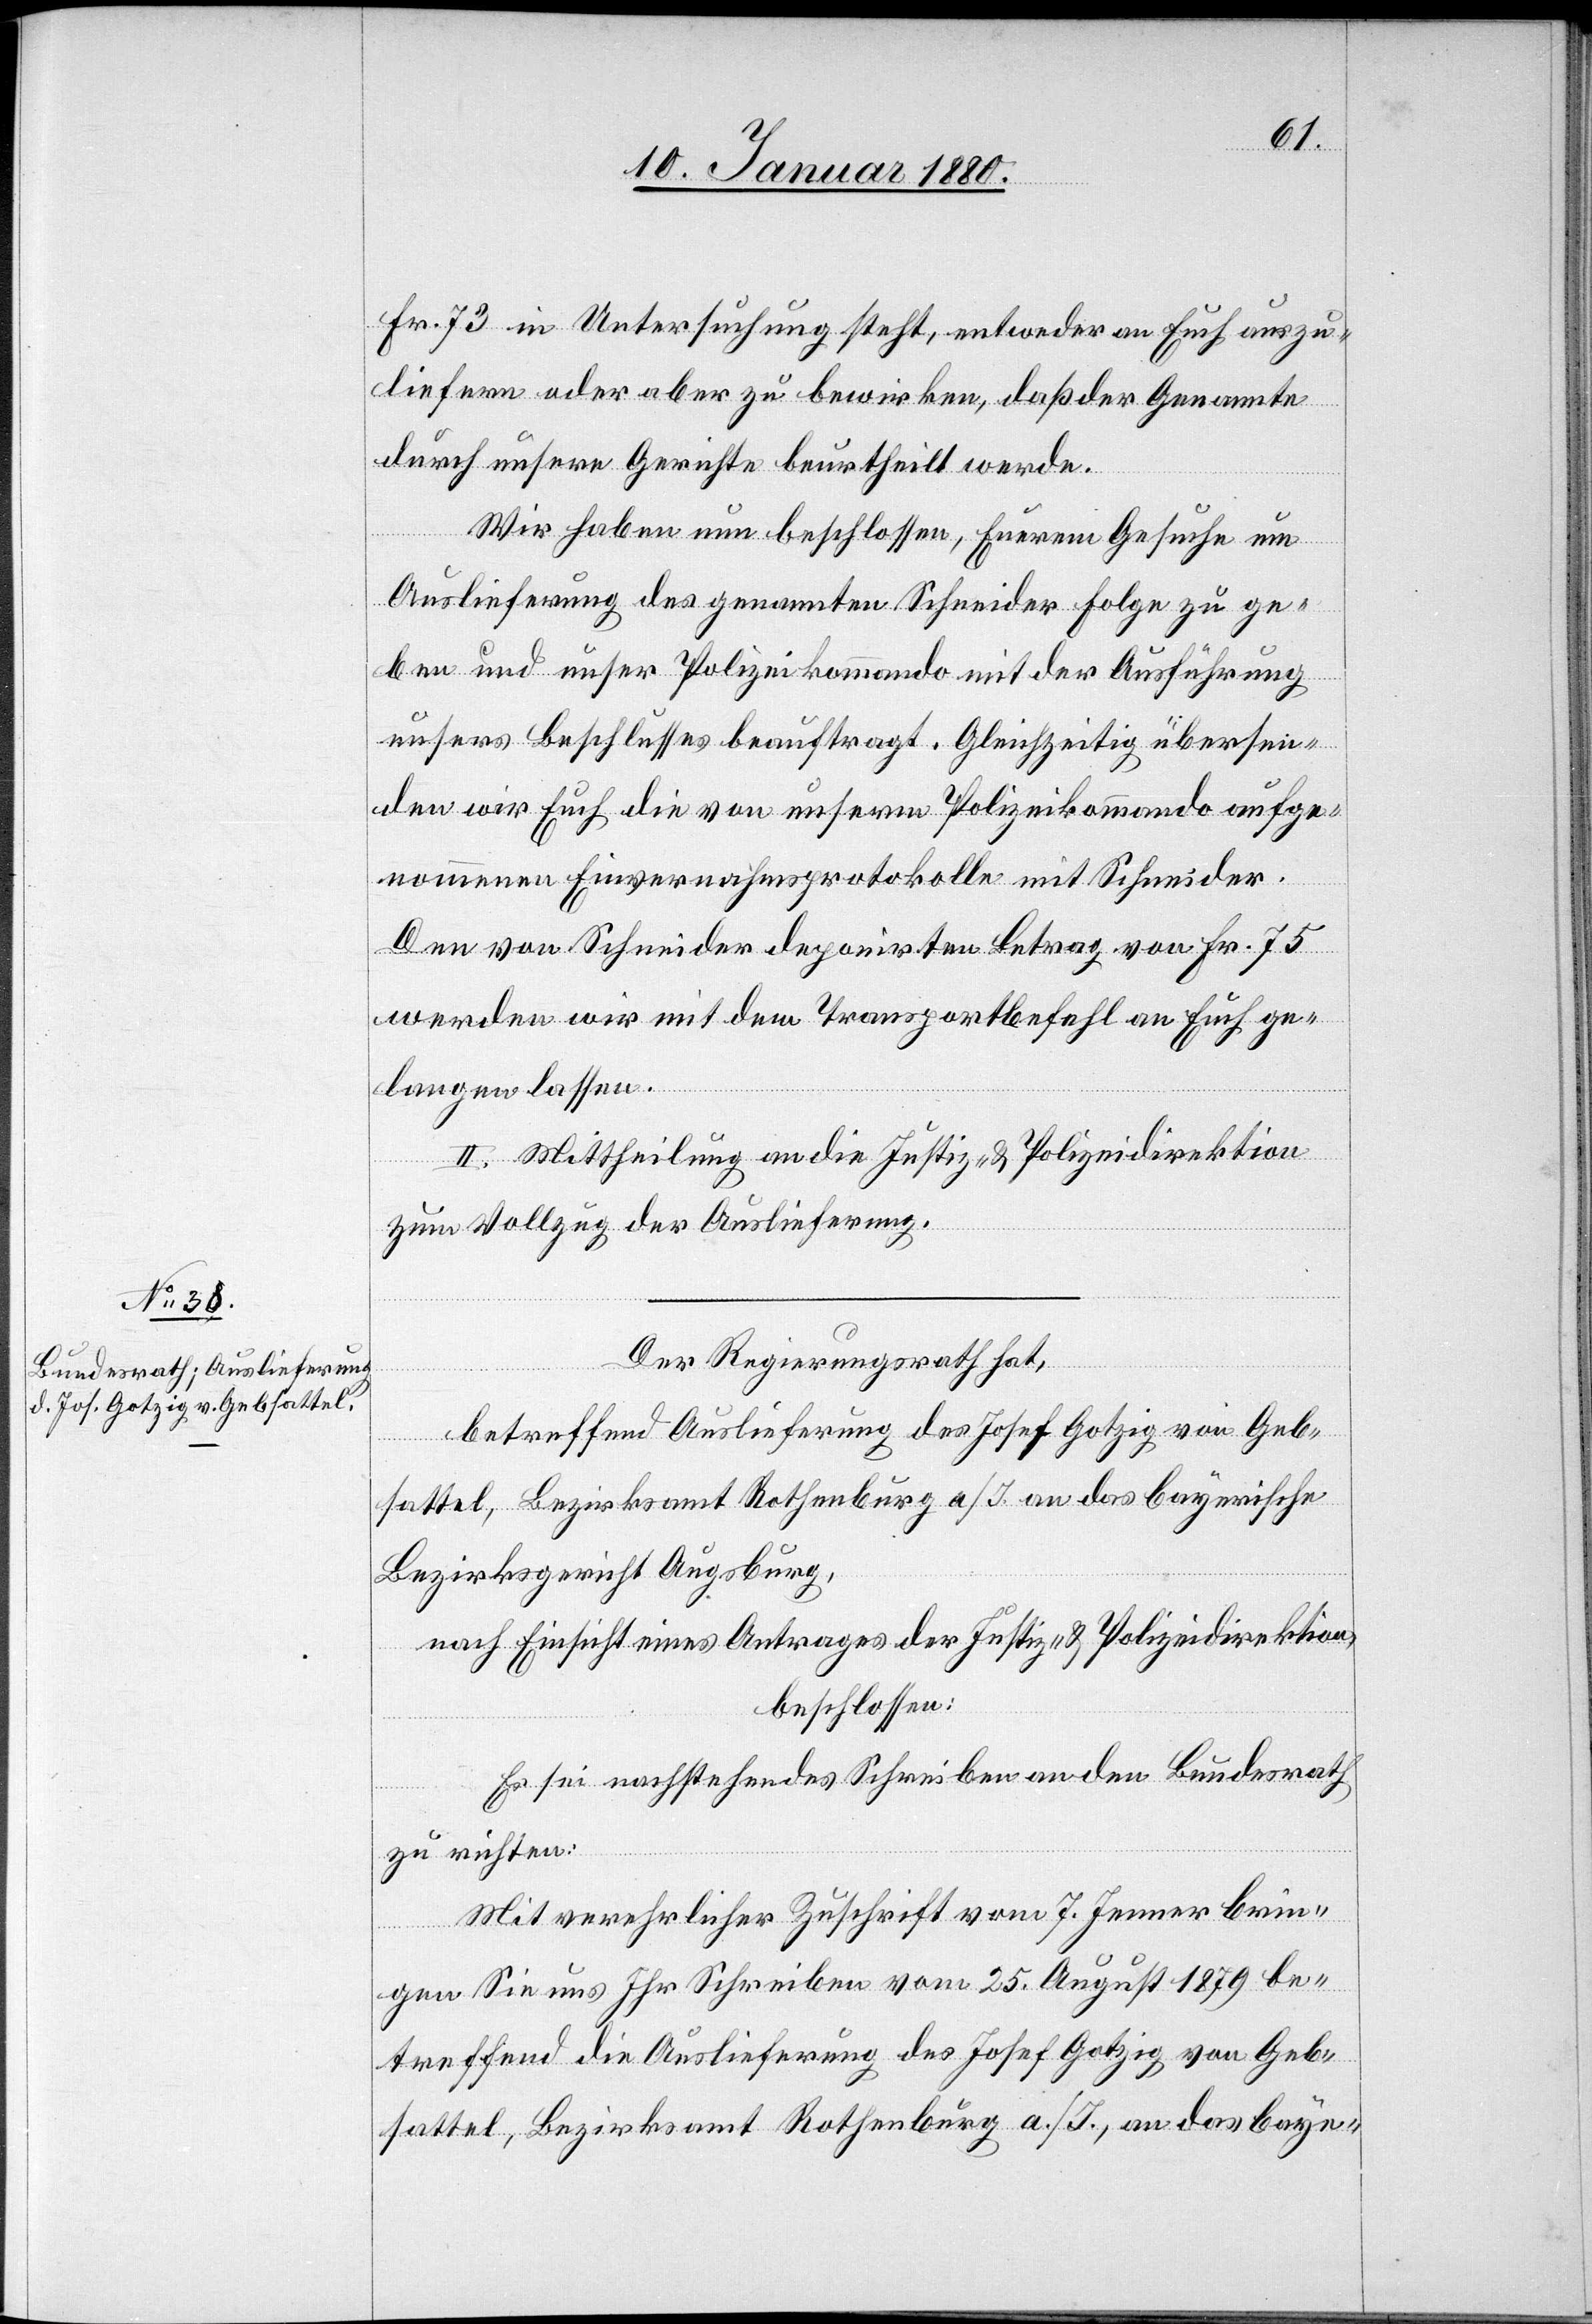
Fr. 73 in Untersuchung steht, entweder an Euch auszu¬
liefern oder aber zu bewirken, daß der Genannte
durch unsere Gerichte beurtheilt werde.
Wir haben nun beschlossen, Eurem Gesuche um
Auslieferung des genannten Schneider Folge zu ge¬
ben und unser Polizeikommando mit der Ausführung
unseres Beschlusses beauftragt. Gleichzeitig übersen¬
den wir Euch die von unserm Polizeikommando aufge¬
nommenen Einvernahmsprotokolle mit Schneider.
Den von Schneider deponirten Betrag von Fr. 75
werden wir mit dem Transportbefehl an Euch ge¬
langen lassen.
II. Mittheilung an die Justiz- & Polizeidirektion
zum Vollzug der Auslieferung.
Der Regierungsrath hat,
betreffend Auslieferung des Josef Gotzig von Geb¬
sattel, Bezirksamt Rotheburg a./I. an das bayerische
Bezirksgericht Augsburg,
nach Einsicht eines Antrages der Justiz- & Polizeidirektion,
beschlossen:
Es sei nachstehendes Schreiben an den Bundesrath
zu richten:
Mit verehrlicher Zuschrift vom 7. Jenner brin¬
gen Sie uns Ihr Schreiben vom 25. August 1879 be¬
treffend die Auslieferung des Josef Gotzig von Geb¬
sattel, Bezirksamt Rothenburg a./I., an das baye-